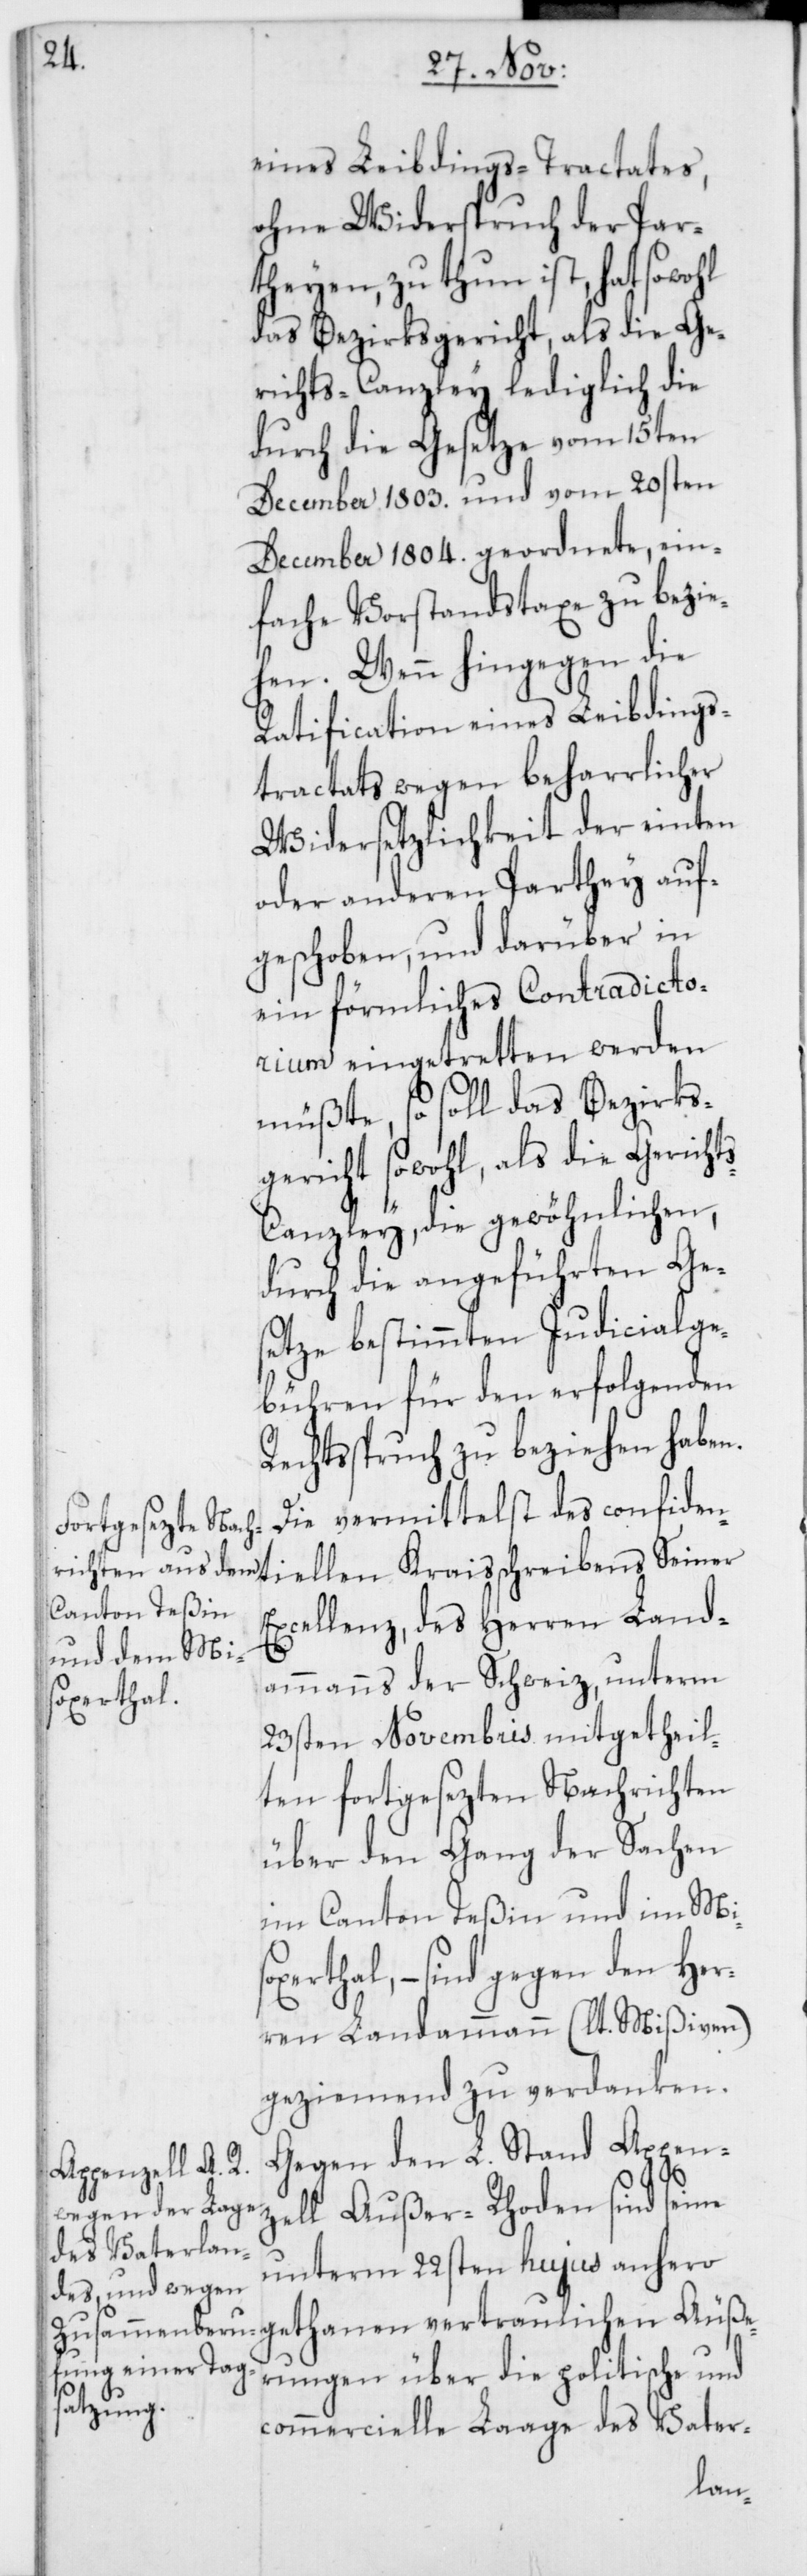
eines Leibdings-Tractates,
ohne Widerspruch der Par¬
theyen zu thun ist, hat sowohl
das Bezirksgericht, als die Ge¬
richts-Canzley lediglich die
durch die Gesetze vom 15ten
December 1803 und vom 20sten
December 1804 geordnete, ein¬
fache Vorstandstaxe zu bezie¬
hen. Wenn hingegen die
Ratification eines Leibdings¬
tractats wegen beharrlicher
Widersetzlichkeit der einten
oder anderen Parthey auf¬
geschoben, und darüber in
ein förmliches Contradicto¬
rium eingetretten werden
müßte, so soll das Bezirks¬
gericht sowohl, als die Gericht¬
s-Canzley, die gewöhnlichen,
durch die angeführten Ges¬
etze bestimmten Judicialge¬
bühren für den erfolgenden
Rechtsspruch zu beziehen haben.
Die vermittelst des confiden¬
Excellenz des, Herren Land¬
ammanns der Schweiz, unterm
23sten Novembris mitgetheil¬
ten fortgesezten Nachrichten
über den Gang der Sachen
im Canton Teßin und im Miso¬
vertraulichen Äuße¬
ren Landammann (lt. Mißiven)
geziemend zu verdanken.
Gegen den L. Stand Appen¬
zell Außer-Rhoden sind seine
unterm 22sten hujus anhero
rungen über die politische und
commercielle Laage des Vater-
len